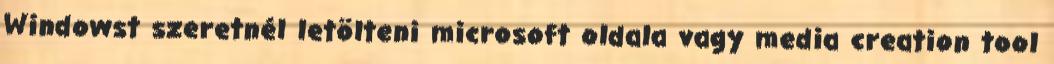
Windowst szeretnél letölteni microsoft oldala vagy media creation tool